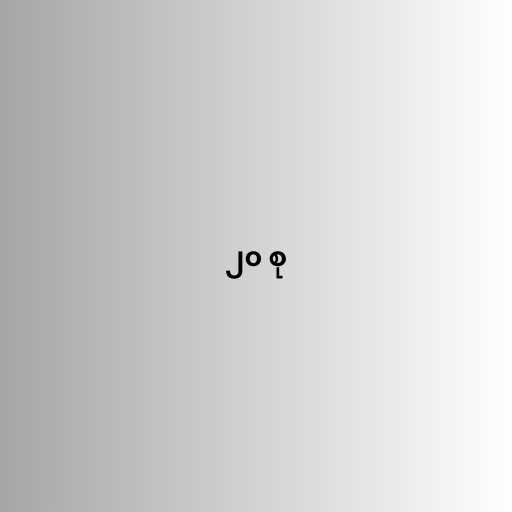
၂၀ စု